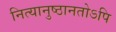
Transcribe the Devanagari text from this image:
नित्यानुष्ठानतोऽपि